Leaving Certificate Examination, 1918
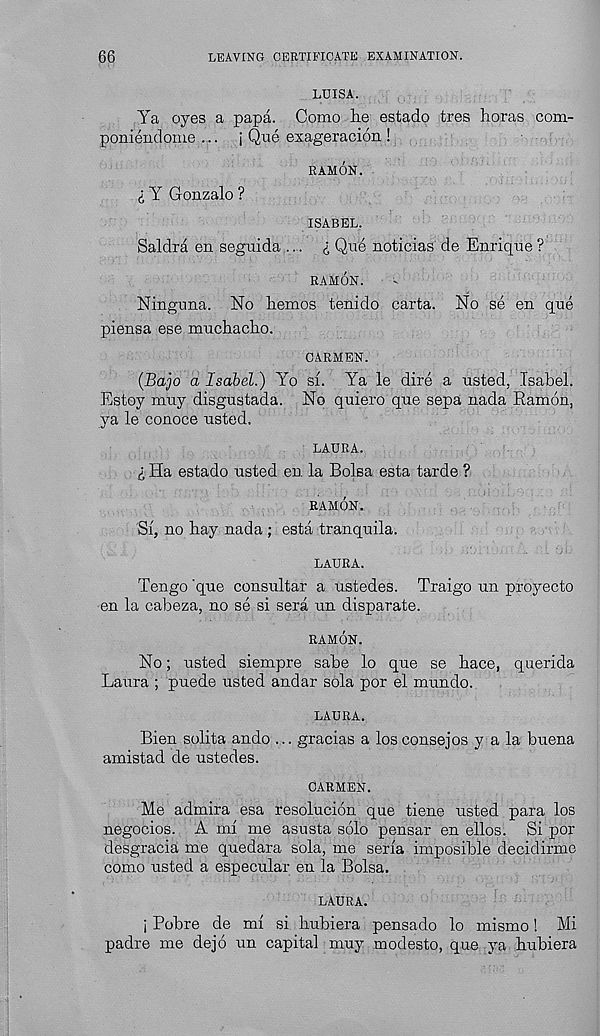
66
LEAVING CERTIFICATE EXAMINATION.
LUISA.
Ya eyes a papa. Como lie estado tres boras com-
poniendonie ... i Que exageracion !
RAMON.
(, Y Gonzalo ?
ISABEL.
Saldra en seguida .... £ Que noticias de Enrique ?
RAMON.
Ninguna. No bemos tenido carta. No se en que
piensa ese mucbacbo.
CARMEN.
(Bajo a Isabel.) Yo si. Ya le dire a usted, Isabel.
Estoy muy disgustada. No quiero que sepa nada Ramon,
ya le conoce usted.
LAURA.
I Ha estado usted en. la Bolsa esta tarde ?
RAMON.
'Si, no bay nada ; esta tranquila.
LAURA.
Tengo 'que consultar a ustedes. Traigo un proyecto
en la cabeza, no se si sera un disparate.
RAMON.
No; usted siempre sabe lo que se bace, querida
Laura ; puede usted andar sola por el mundo.
LAURA.
Bien solita ando ... gracias a los consejos y a la buena
amistad de ustedes.
CARMEN.
Me admira esa resolucion que tiene usted para los
negocios. A mi me asusta solo pensar en ellos. Si por
desgracia me quedara sola, me seria imposible decidirme
como usted a especular en la Bolsa.
LAURA.
j Pobre de mi si bubiera pensado lo mismo! Mi
padre me dejo un capital muy modesto, que ya bubiera